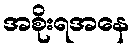
အစိုးရအနေ